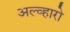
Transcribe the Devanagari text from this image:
अल्व्हारो